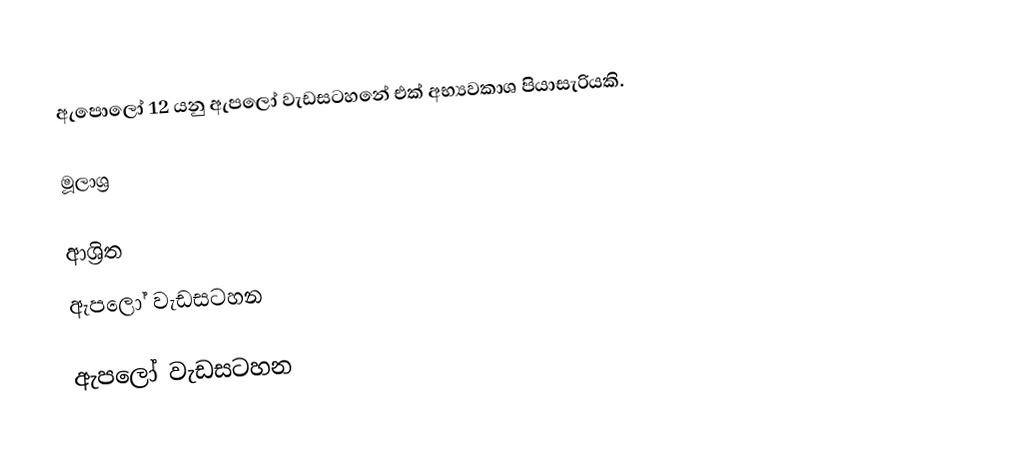
ඇපොලෝ 12 යනු ඇපලෝ වැඩසටහනේ එක් අභ්‍යවකාශ පියාසැරියකි.

මූලාශ්‍ර

ආශ්‍රිත
 ඇපලෝ වැඩසටහන

ඇපලෝ වැඩසටහන